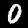
Label: 0